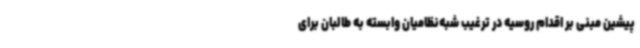
پیشین مبنی بر اقدام روسیه در ترغیب شبه‌نظامیان وابسته به طالبان برای